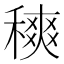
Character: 𥡠